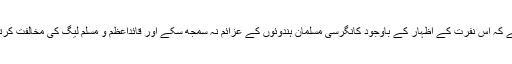
حیرت ہے کہ اس نفرت کے اظہار کے باوجود کانگرسی مسلمان ہندوئوں کے عزائم نہ سمجھ سکے اور قائداعظم و مسلم لیگ کی مخالفت کرتے رہے۔